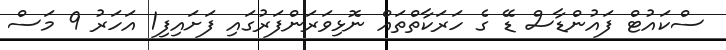
ސްކައުޓް ފައުންޑާސް ޑޭ ގެ ހަރަކާތްތައް ނޮޅިވަރަންފަރުގައި ފަށައިފި1 އަހަރު 9 މަސް